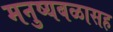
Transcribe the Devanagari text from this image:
मनुष्यबळासह